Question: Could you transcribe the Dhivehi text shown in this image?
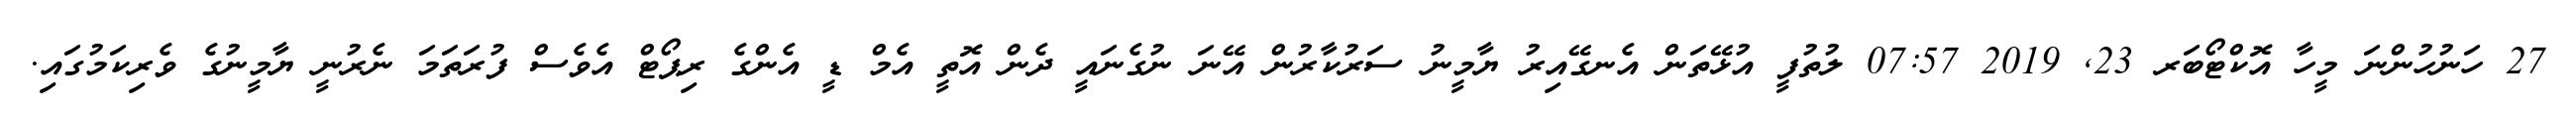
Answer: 27 ހަނުހުންނަ މީހާ އޮކްޓޯބަރ 23, 2019 07:57 ލުތުފީ އުޅޭތަން އެނގޭއިރު ޔާމީނު ސަރުކާރުން އޭނަ ނުގެނައީ ދެން އޮތީ އެމް ޑީ އެންގެ ރިޕޯޓް އެވެސް ފުރަތަމަ ނެރުނީ ޔާމީނުގެ ވެރިކަމުގައި.